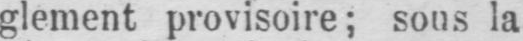
glement provisoire; sous la